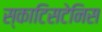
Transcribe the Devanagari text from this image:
स्काटिसटेनिस